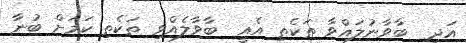
އަދި  ބާވާނުލައްވާ ތަކެތި އެއީ  ބާވާލެއްވި ތަކެތި ކަމަށް ބުނާ